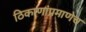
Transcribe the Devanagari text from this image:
ठिकाणांप्रमाणेच